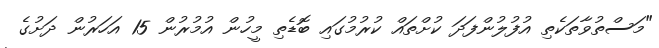
"މަސްތުވާތަކެތި އުފުލުންފަދަ ކުށްތައް ކުރުމުގައި ބޮޑެތި މީހުން އުމުރުން 15 އަހަރުން ދަށުގެ